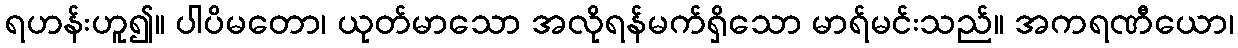
ရဟန်းဟူ၍။ ပါပိမတော၊ ယုတ်မာသော အလိုရန်မက်ရှိသော မာရ်မင်းသည်။ အကရဏီယော၊